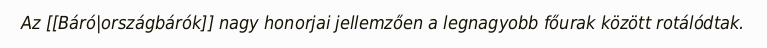
Az [[Báró|országbárók]] nagy honorjai jellemzően a legnagyobb főurak között rotálódtak.